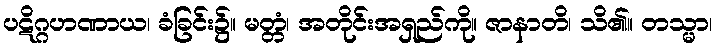
ပဋိဂ္ဂဟဏာယ၊ ခံခြင်း၌။ မတ္တံ၊ အတိုင်းအရှည်ကို။ ဇာနာတိ၊ သိ၏။ တသ္မာ၊